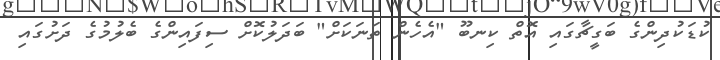
ކުޑަކުދިންގެ ބަގީޗާގައި އޮތް ކިނބޫ "އެހެން ތަނަކަށް" ބަދަލުކޮށް ސިފައިންގެ ބެލުމުގެ ދަށުގައި